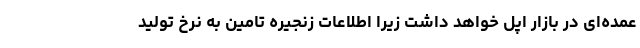
عمده‌ای در بازار اپل خواهد داشت زیرا اطلاعات زنجیره تامین به نرخ تولید